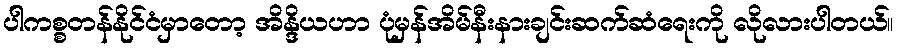
ပါကစ္စတန်နိုင်ငံမှာတော့ အိန္ဒိယဟာ ပုံမှန်အိမ်နီးနားချင်းဆက်ဆံရေးကို လိုလားပါတယ်။